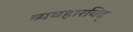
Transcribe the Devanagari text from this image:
व्यवहारविद्